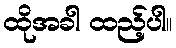
ထိုအခါ ထည့်ပါ။